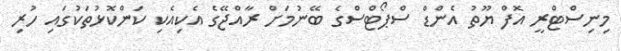
މިނިސްޓްރީ އޮފް ޔޫތު އެންޑް ސްޕޯޓްސްގެ ބޭނުމަށް ރާއްޖޭގެ އެކިއެކި ކަންކޮޅުތަކުގައި ހުރި